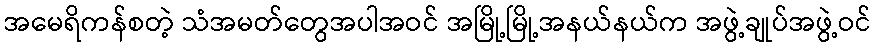
အမေရိကန်စတဲ့ သံအမတ်တွေအပါအဝင် အမြို့မြို့အနယ်နယ်က အဖွဲ့ချုပ်အဖွဲ့ဝင်